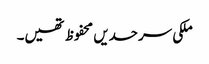
ملکی سرحدیں محفوظ تھیں۔